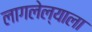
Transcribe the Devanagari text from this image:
लागलेल्याला